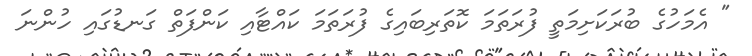
" އެމަހުގެ ބުރަކަށިމަތީ ފުރަތަމަ ކޮތަރިބައިގެ ފުރަތަމަ ކައްޓާއި ކަންފަތް ގަނޑުގައި ހުންނަ